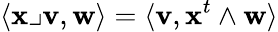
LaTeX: \langle\mathbf{x}\lrcorner\mathbf{v},\mathbf{w}\rangle=\langle\mathbf{v},\mathbf{x}^{t}\wedge\mathbf{w}\rangle